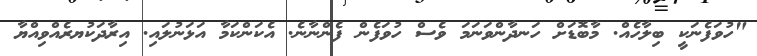
"ހުވަފެނަކީ ބިލާހެއް. މާބޮޑަށް ހަނދާންވަނަމަ ވެސް ހުވަފެން ފެންނާނެ. އެކަންކަމާ އަޅަނުލައި. އިރާދަކުޔރެއްވިއްޔާ